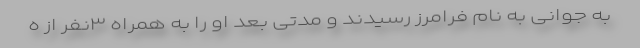
به جوانی به نام فرامرز رسیدند و مدتی بعد او را به همراه ۳نفر از ه